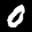
Label: 0